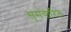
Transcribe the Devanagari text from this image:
सुसंचारित